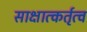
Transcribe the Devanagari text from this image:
साक्षात्कर्तृत्व